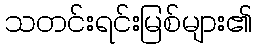
သတင်းရင်းမြစ်များ၏